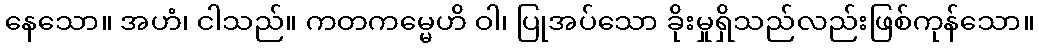
နေသော။ အဟံ၊ ငါသည်။ ကတကမ္မေဟိ ဝါ၊ ပြုအပ်သော ခိုးမှုရှိသည်လည်းဖြစ်ကုန်သော။